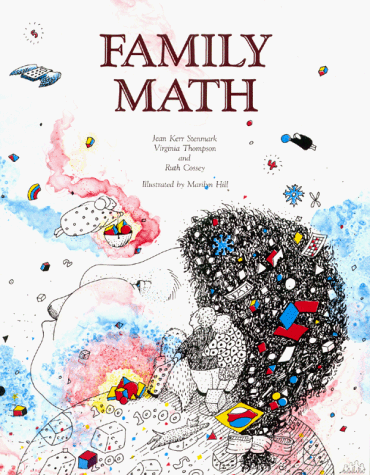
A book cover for Family Math (Equals Series); Jean Kerr Stenmark; Parenting & Relationships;